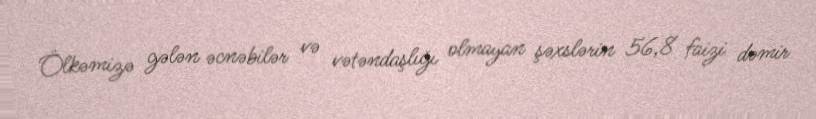
Ölkəmizə gələn əcnəbilər və vətəndaşlığı olmayan şəxslərin 56,8 faizi dəmir